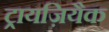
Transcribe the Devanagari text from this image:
ट्रायज़ियैक